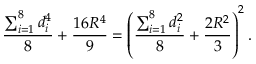
{ \frac { \sum _ { i = 1 } ^ { 8 } d _ { i } ^ { 4 } } { 8 } } + { \frac { 1 6 R ^ { 4 } } { 9 } } = \left( { \frac { \sum _ { i = 1 } ^ { 8 } d _ { i } ^ { 2 } } { 8 } } + { \frac { 2 R ^ { 2 } } { 3 } } \right) ^ { 2 } .